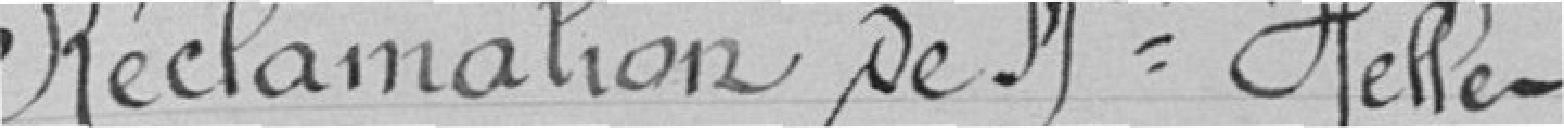
Réclamation de Melle HELLE